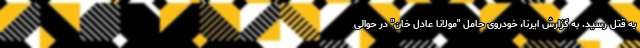
به قتل رسید. به گزارش ایرنا، خودروی حامل "مولانا عادل خان" در حوالی